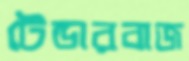
টেন্ডারবাজ